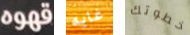
قهوه غايه خطوتك